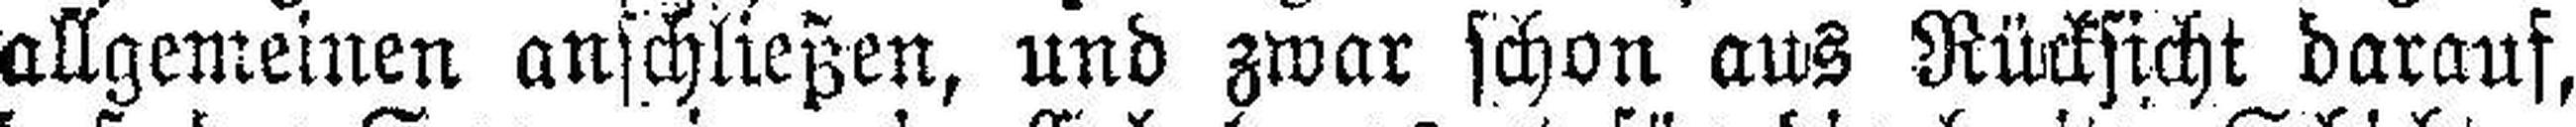
allgemeinen anschließen, und zwar schon aus Rücksicht darauf,